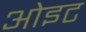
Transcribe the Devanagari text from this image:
ओइट